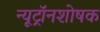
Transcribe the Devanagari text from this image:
न्यूट्रॉनशोषक